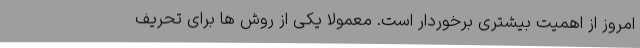
امروز از اهمیت بیشتری برخوردار است. معمولا یکی از روش ها برای تحریف